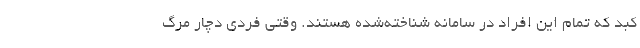
کبد که تمام این افراد در سامانه شناخته‌شده هستند. وقتی فردی دچار مرگ